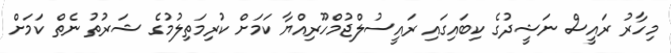
މިހާރު ރައީސް ނަޝީދުގެ ކިބައިގައި ރައީސުލްޖުމްހޫރިއްޔާ ކަމަށް ކުރިމަތިލުމުގެ ޝަރުތު ނެތް ކަމަށް